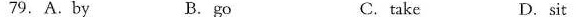
79.A.By B.go C.take D. sit